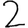
Digit: 2